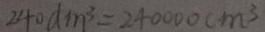
2 4 0 d m ^ { 3 } = 2 4 0 0 0 0 c m ^ { 3 }